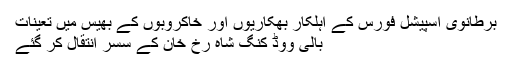
برطانوی اسپیشل فورس کے اہلکار بھکاریوں اور خاکروبوں کے بھیس میں تعینات
بالی ووڈ کنگ شاہ رخ خان کے سسر انتقال کر گئے